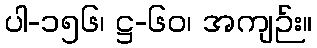
ပါ-၁၅၆၊ ဋ္ဌ-၆၀၊ အကျဉ်း။